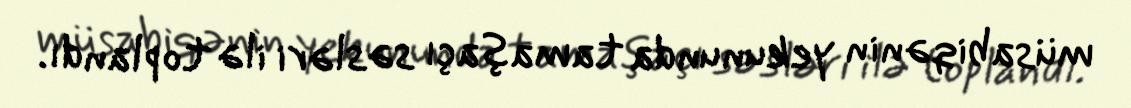
müsabiqənin yekununda tamaşaçı səsləri ilə toplandı.